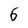
Character: 6